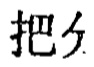
把分